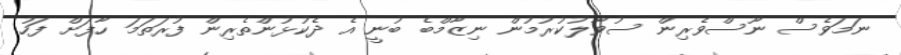
ނަމަވެސް ނޫސްވެރިން ސުވާލުކުރުމުން ނިޒާމްބެ ބުނީ އެ ދެކުޅުންތެރިން ފުރަތަމަ ހާފަށް ފަހު